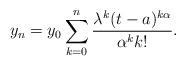
LaTeX: \begin{align*} y_n=y_0 \sum_{k=0}^n \frac{\lambda ^k (t-a)^{k \alpha}}{\alpha^k k!}.\end{align*}